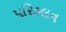
પરિકલન